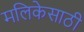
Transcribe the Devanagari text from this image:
मलिकेसाठी